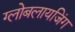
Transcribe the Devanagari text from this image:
ग्लोबलायजिंग